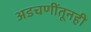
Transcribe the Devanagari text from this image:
अडचणींतूनही